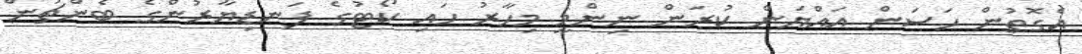
އެގޮތުން ހަސަން އައްޔަން ކުރަން ނިންމީ މިހާރު ހައި ކޯޓުގެ ފަނޑިޔާރުންގެ ބެންޗުން